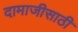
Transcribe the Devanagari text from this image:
दामाजीसाठी